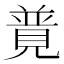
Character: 𧡟